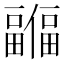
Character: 𫤊